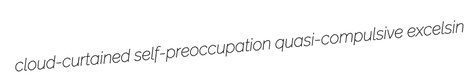
cloud-curtained self-preoccupation quasi-compulsive excelsin